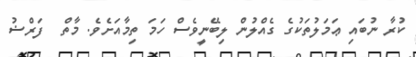
ކުރާ ނުބައި ޢަމަލުތަކުގެ ގެއްލުން ލިބޭނީވެސް ހަމަ ތިމާއަށެވެ. މާތް  ފަރްޟު